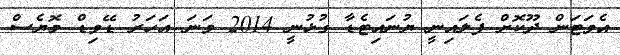
އެވަޓަން ދޫކޮށް ފެލައިނީ ޔުނައިޓެޑާ ގުޅުނީ 2014 ވަނަ އަހަރު ޑޭވިޑް މޮޔެސް